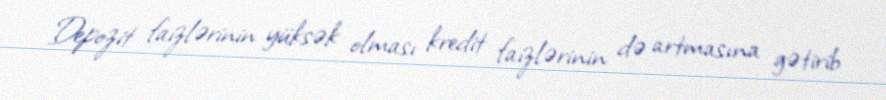
Depozit faizlərinin yüksək olması kredit faizlərinin də artmasına gətirib